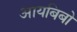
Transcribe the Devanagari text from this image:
आयबिबो